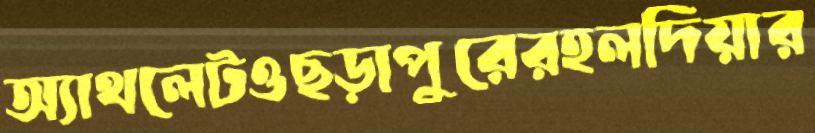
অ্যাথলেটওছড়াপুরেরহলদিয়ার